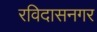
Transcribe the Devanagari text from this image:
रविदासनगर